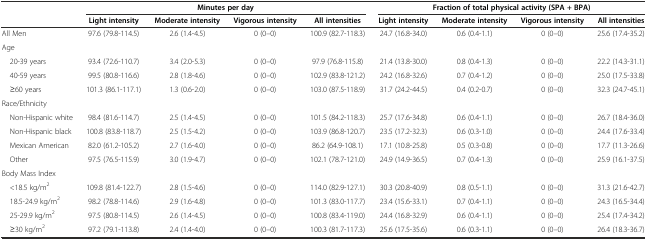
<table><thead><tr><td></td><td colspan="4"><b>Minutes per day</b></td><td colspan="4"><b>Fraction of total physical activity (SPA + BPA)</b></td></tr><tr><td></td><td><b>Light intensity</b></td><td><b>Moderate intensity</b></td><td><b>Vigorous intensity</b></td><td><b>All intensities</b></td><td><b>Light intensity</b></td><td><b>Moderate intensity</b></td><td><b>Vigorous intensity</b></td><td><b>All intensities</b></td></tr></thead><tbody><tr><td>All Men</td><td>97.6 (79.8-114.5)</td><td>2.6 (1.4-4.5)</td><td>0 (0–0)</td><td>100.9 (82.7-118.3)</td><td>24.7 (16.8-34.0)</td><td>0.6 (0.4-1.1)</td><td>0 (0–0)</td><td>25.6 (17.4-35.2)</td></tr><tr><td>Age</td><td></td><td></td><td></td><td></td><td></td><td></td><td></td><td></td></tr><tr><td> 20-39 years</td><td>93.4 (72.6-110.7)</td><td>3.4 (2.0-5.3)</td><td>0 (0–0)</td><td>97.9 (76.8-115.8)</td><td>21.4 (13.8-30.0)</td><td>0.8 (0.4-1.3)</td><td>0 (0–0)</td><td>22.2 (14.3-31.1)</td></tr><tr><td> 40-59 years</td><td>99.5 (80.8-116.6)</td><td>2.8 (1.8-4.6)</td><td>0 (0–0)</td><td>102.9 (83.8-121.2)</td><td>24.2 (16.8-32.6)</td><td>0.7 (0.4-1.2)</td><td>0 (0–0)</td><td>25.0 (17.5-33.8)</td></tr><tr><td> ≥60 years</td><td>101.3 (86.1-117.1)</td><td>1.3 (0.6-2.0)</td><td>0 (0–0)</td><td>103.0 (87.5-118.9)</td><td>31.7 (24.2-44.5)</td><td>0.4 (0.2-0.7)</td><td>0 (0–0)</td><td>32.3 (24.7-45.1)</td></tr><tr><td>Race/Ethnicity</td><td></td><td></td><td></td><td></td><td></td><td></td><td></td><td></td></tr><tr><td> Non-Hispanic white</td><td>98.4 (81.6-114.7)</td><td>2.5 (1.4-4.5)</td><td>0 (0–0)</td><td>101.5 (84.2-118.3)</td><td>25.7 (17.6-34.8)</td><td>0.6 (0.4-1.1)</td><td>0 (0–0)</td><td>26.7 (18.4-36.0)</td></tr><tr><td> Non-Hispanic black</td><td>100.8 (83.8-118.7)</td><td>2.5 (1.5-4.2)</td><td>0 (0–0)</td><td>103.9 (86.8-120.7)</td><td>23.5 (17.2-32.3)</td><td>0.6 (0.3-1.0)</td><td>0 (0–0)</td><td>24.4 (17.6-33.4)</td></tr><tr><td> Mexican American</td><td>82.0 (61.2-105.2)</td><td>2.7 (1.6-4.0)</td><td>0 (0–0)</td><td>86.2 (64.9-108.1)</td><td>17.1 (10.8-25.8)</td><td>0.5 (0.3-0.8)</td><td>0 (0–0)</td><td>17.7 (11.3-26.6)</td></tr><tr><td> Other</td><td>97.5 (76.5-115.9)</td><td>3.0 (1.9-4.7)</td><td>0 (0–0)</td><td>102.1 (78.7-121.0)</td><td>24.9 (14.9-36.5)</td><td>0.7 (0.4-1.3)</td><td>0 (0–0)</td><td>25.9 (16.1-37.5)</td></tr><tr><td>Body Mass Index</td><td></td><td></td><td></td><td></td><td></td><td></td><td></td><td></td></tr><tr><td> &lt;18.5 kg/m<sup>2</sup></td><td>109.8 (81.4-122.7)</td><td>2.8 (1.5-4.6)</td><td>0 (0–0)</td><td>114.0 (82.9-127.1)</td><td>30.3 (20.8-40.9)</td><td>0.8 (0.5-1.1)</td><td>0 (0–0)</td><td>31.3 (21.6-42.7)</td></tr><tr><td> 18.5-24.9 kg/m<sup>2</sup></td><td>98.2 (78.8-114.6)</td><td>2.9 (1.6-4.8)</td><td>0 (0–0)</td><td>101.3 (83.0-117.7)</td><td>23.4 (15.6-33.1)</td><td>0.7 (0.4-1.1)</td><td>0 (0–0)</td><td>24.3 (16.5-34.4)</td></tr><tr><td> 25-29.9 kg/m<sup>2</sup></td><td>97.5 (80.8-114.5)</td><td>2.6 (1.4-4.5)</td><td>0 (0–0)</td><td>100.8 (83.4-119.0)</td><td>24.4 (16.8-32.9)</td><td>0.6 (0.4-1.1)</td><td>0 (0–0)</td><td>25.4 (17.4-34.2)</td></tr><tr><td> ≥30 kg/m<sup>2</sup></td><td>97.2 (79.1-113.8)</td><td>2.4 (1.4-4.0)</td><td>0 (0–0)</td><td>100.3 (81.7-117.3)</td><td>25.6 (17.5-35.6)</td><td>0.6 (0.3-1.1)</td><td>0 (0–0)</td><td>26.4 (18.3-36.7)</td></tr></tbody></table>